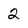
Character: 2